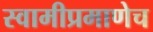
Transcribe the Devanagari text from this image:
स्वामीप्रमाणेच